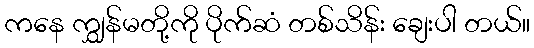
ကနေ ကျွှန်မတို့ကို ပိုက်ဆံ တစ်သိန်း ချေးပါ တယ်။